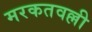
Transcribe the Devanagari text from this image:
मरकतवल्ली